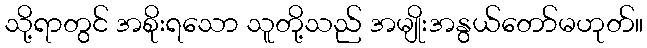
သို့ရာတွင် အစိုးရသော သူတို့သည် အမျိုးအနွယ်တော်မဟုတ်။